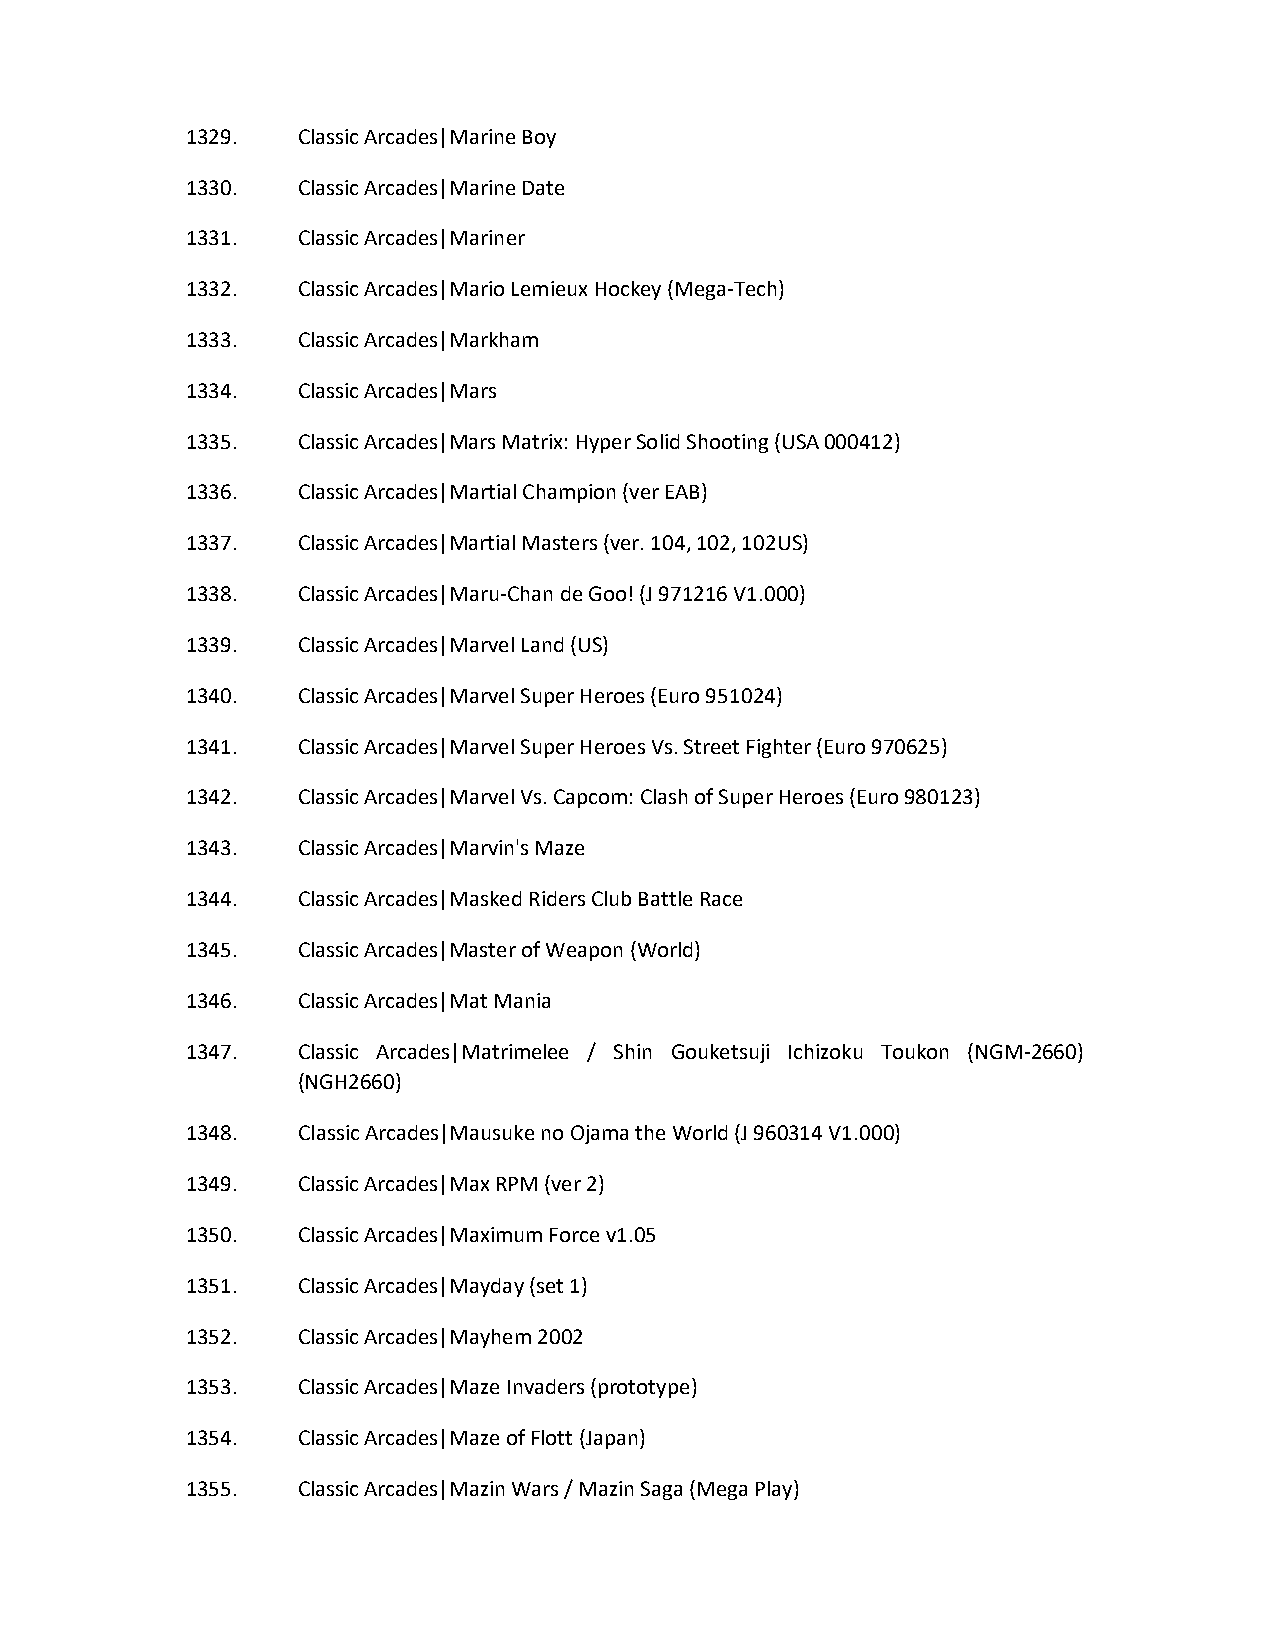
1329.   Classic Arcades|Marine Boy
 1330.   Classic Arcades|Marine Date
 1331.   Classic Arcades|Mariner
 1332.   Classic Arcades|Mario Lemieux Hockey (Mega-Tech)
 1333.   Classic Arcades|Markham
 1334.   Classic Arcades|Mars
 1335.   Classic Arcades|Mars Matrix: Hyper Solid Shooting (USA 000412)
 1336.   Classic Arcades|Martial Champion (ver EAB)
 1337.   Classic Arcades|Martial Masters (ver. 104, 102, 102US)
 1338.   Classic Arcades|Maru-Chan de Goo! (J 971216 V1.000)
 1339.   Classic Arcades|Marvel Land (US)
 1340.   Classic Arcades|Marvel Super Heroes (Euro 951024)
 1341.   Classic Arcades|Marvel Super Heroes Vs. Street Fighter (Euro 970625)
 1342.   Classic Arcades|Marvel Vs. Capcom: Clash of Super Heroes (Euro 980123)
 1343.   Classic Arcades|Marvin's Maze
 1344.   Classic Arcades|Masked Riders Club Battle Race
 1345.   Classic Arcades|Master of Weapon (World)
 1346.   Classic Arcades|Mat Mania
 1347.   Classic Arcades|Matrimelee / Shin Gouketsuji Ichizoku Toukon (NGM-2660)
 (NGH2660)
 1348.   Classic Arcades|Mausuke no Ojama the World (J 960314 V1.000)
 1349.   Classic Arcades|Max RPM (ver 2)
 1350.   Classic Arcades|Maximum Force v1.05
 1351.   Classic Arcades|Mayday (set 1)
 1352.   Classic Arcades|Mayhem 2002
 1353.   Classic Arcades|Maze Invaders (prototype)
 1354.   Classic Arcades|Maze of Flott (Japan)
 1355.   Classic Arcades|Mazin Wars / Mazin Saga (Mega Play)